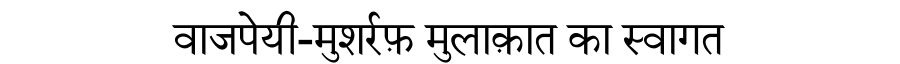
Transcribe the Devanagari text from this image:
वाजपेयी-मुशर्रफ़ मुलाक़ात का स्वागत